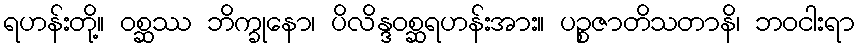
ရဟန်းတို့။ ဝစ္ဆဿ ဘိက္ခုနော၊ ပိလိန္ဒဝစ္ဆရဟန်းအား။ ပဉ္စဇာတိသတာနိ၊ ဘဝငါးရာ